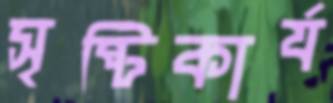
সৃষ্টিকার্য